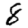
Digit: 8